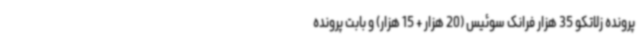
پرونده زلاتکو 35 هزار فرانک سوئیس (20 هزار + 15 هزار) و بابت پرونده